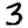
Digit: 3